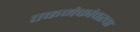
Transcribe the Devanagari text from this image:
एकमेकांवरचा